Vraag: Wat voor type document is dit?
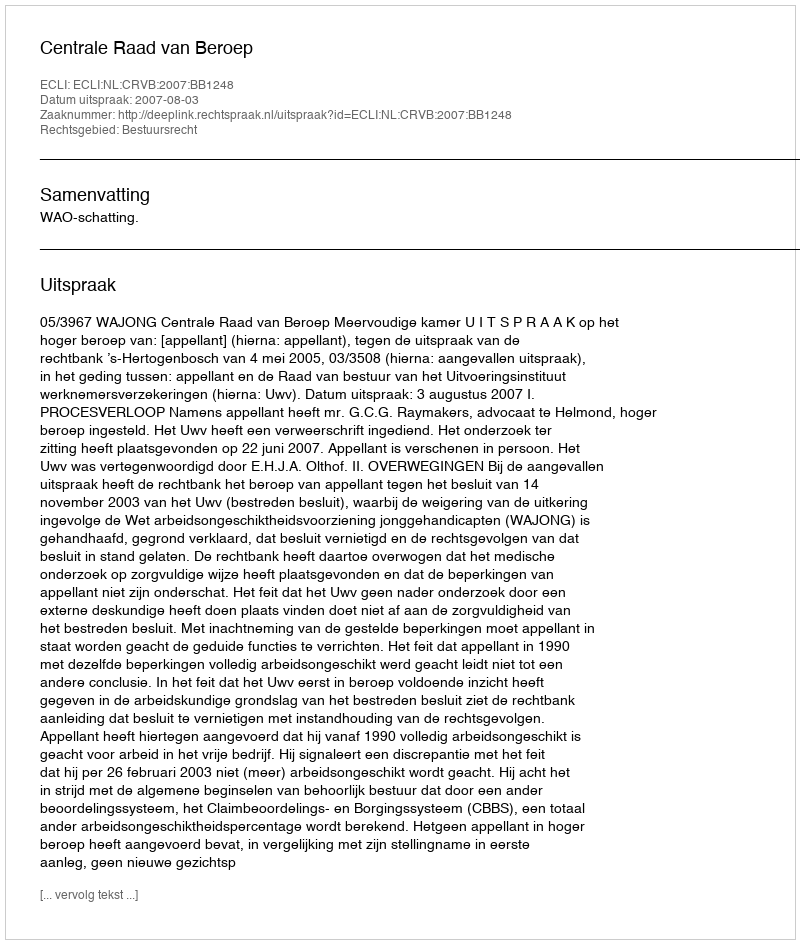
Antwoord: Uitspraak